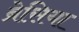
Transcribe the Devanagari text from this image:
ब्रेसिया